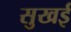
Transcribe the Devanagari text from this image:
सुखई